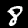
Label: 8